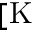
[ \mathrm { K }